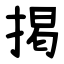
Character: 掲